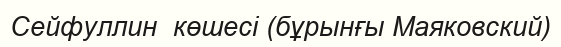
Сейфуллин  көшесі (бұрынғы Маяковский)